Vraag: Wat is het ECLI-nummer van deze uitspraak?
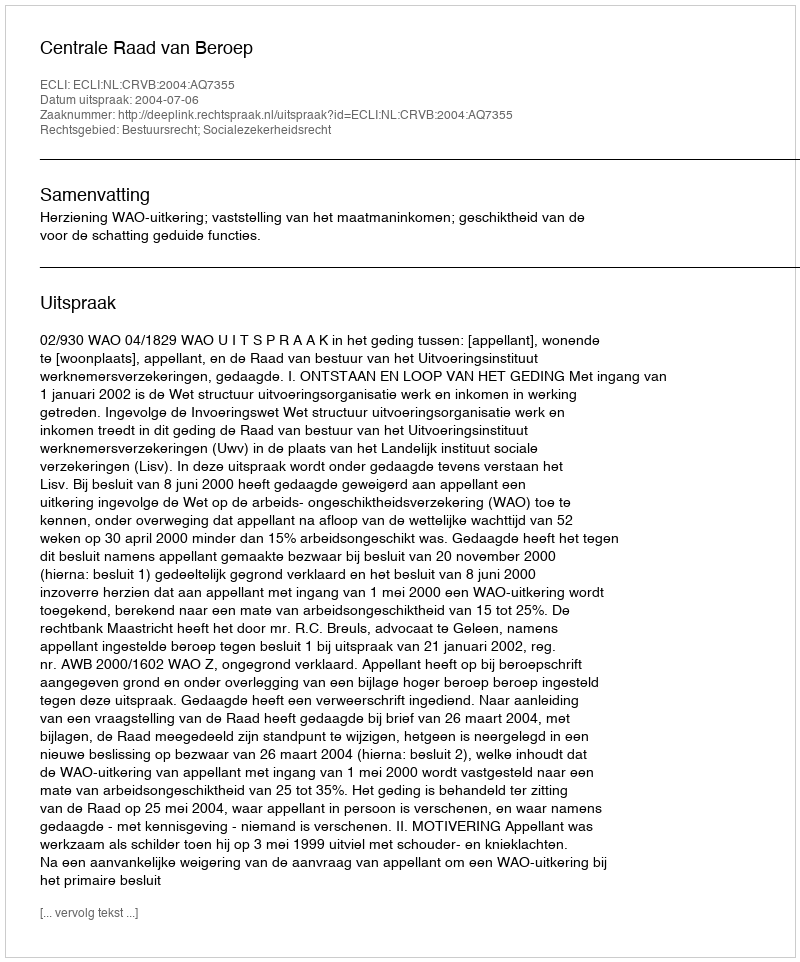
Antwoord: ECLI:NL:CRVB:2004:AQ7355